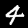
Digit: 4